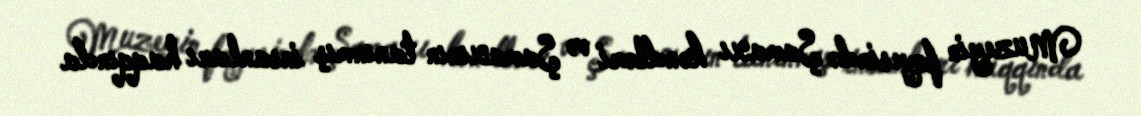
Muzeyin foyesində Şamaxı kəndləri və Şamaxının tanınmış insanları haqqında